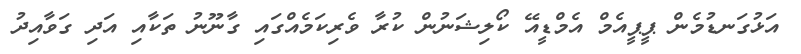
އަޅުގަނޑުމެން ޕީޕީއެމް އެމްޑީއޭ ކޯލިޝަނުން ކުރާ ވެރިކަމެއްގައި ގާނޫނު ތަކާއި އަދި ގަވާއިދު